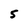
Character: s